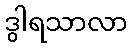
ဒွါရသာလာ